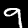
Label: 9